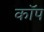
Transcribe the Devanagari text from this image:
काॅप